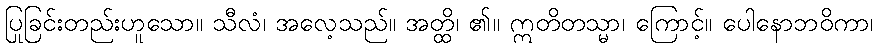
ပြုခြင်းတည်းဟူသော။ သီလံ၊ အလေ့သည်။ အတ္ထိ၊ ၏။ ဣတိတသ္မာ၊ ကြောင့်။ ပေါနောဘဝိကာ၊